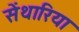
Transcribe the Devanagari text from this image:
सेंथारिया